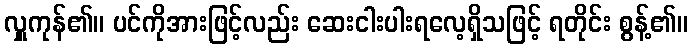
လှူကုန်၏။ ပင်ကိုအားဖြင့်လည်း ဆေးငါးပါးရလေ့ရှိသဖြင့် ရတိုင်း စွန့်၏။